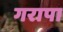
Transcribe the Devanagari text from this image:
गरापा